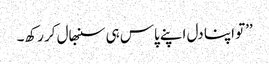
’’تو اپنا دل اپنے پاس ہی سنبھال کر رکھ۔